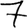
Digit: 7